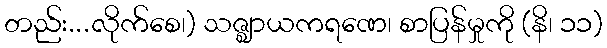
တည်း...လိုက်စေ၊) သဇ္ဈာယကရဏေ၊ စာပြန်မှုကို (နိ၊ ၁၁)